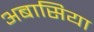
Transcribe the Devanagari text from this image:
अबासिया